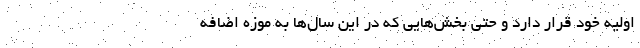
اولیه خود قرار دارد و حتی بخش‌هایی که در این سال‌ها به موزه اضافه